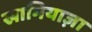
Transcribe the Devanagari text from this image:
खामियाज़ा